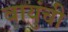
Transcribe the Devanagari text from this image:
वायुंची